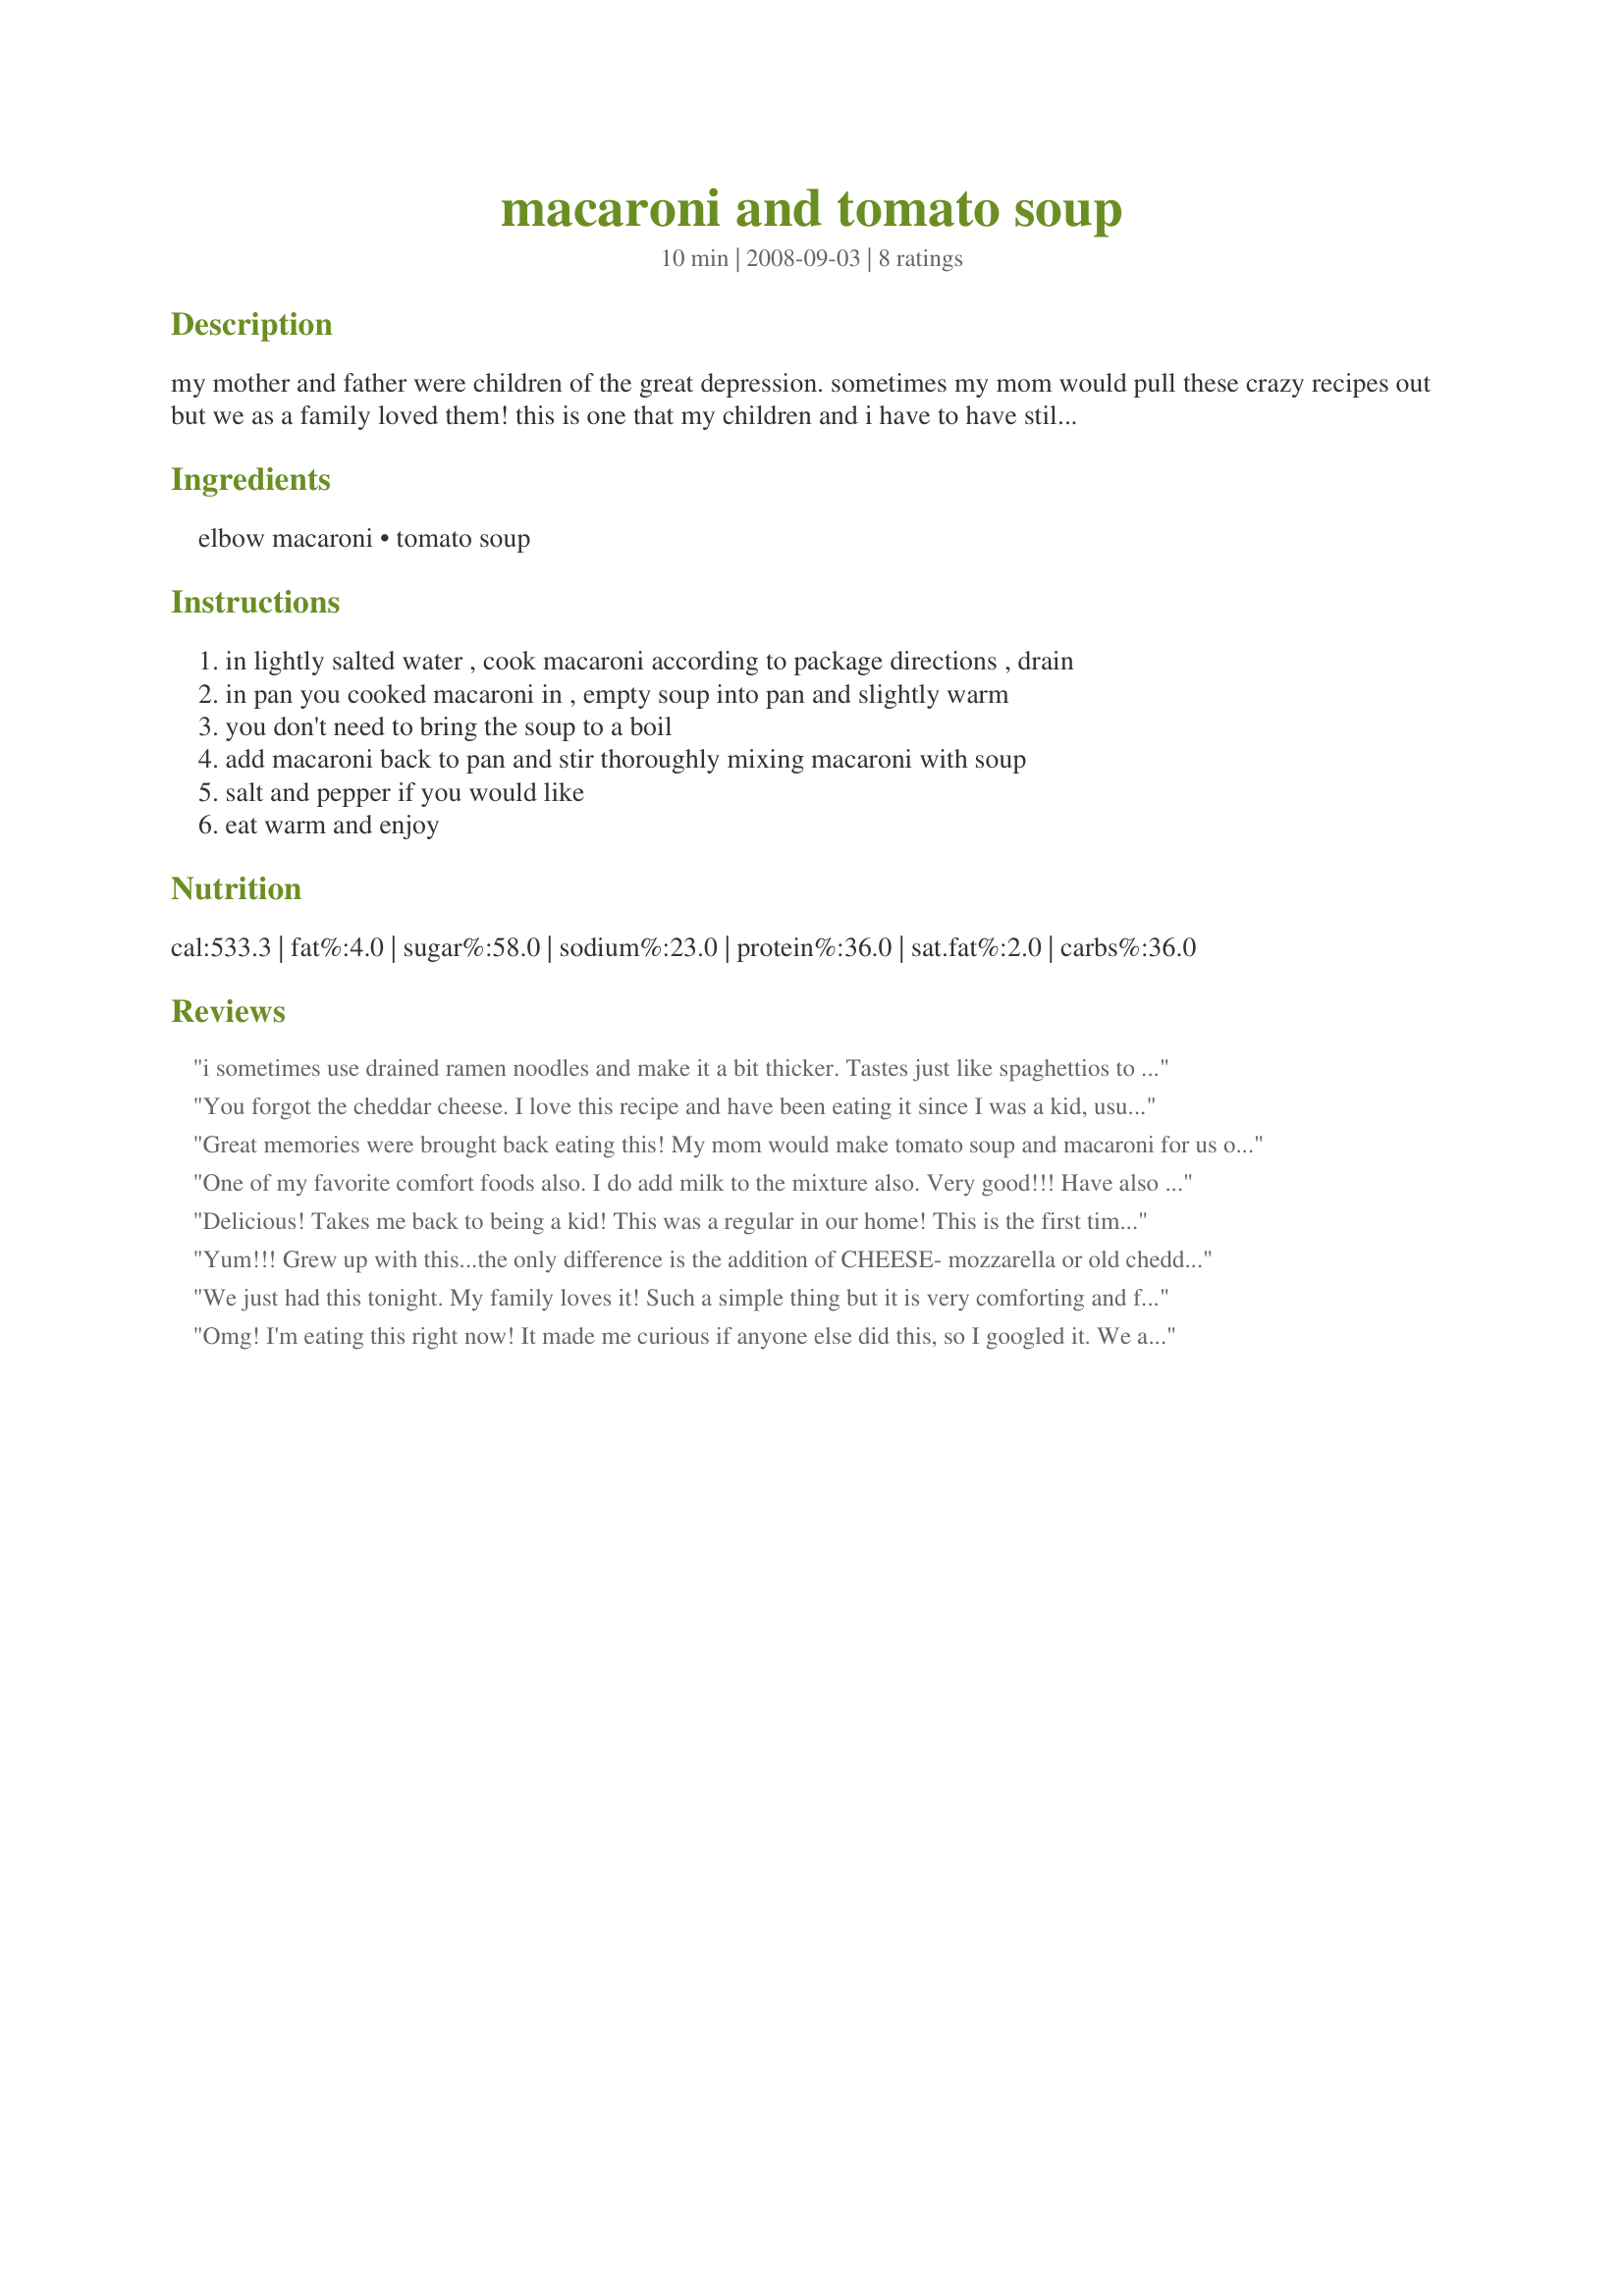
macaroni and tomato soup
Preparation time: 10 minutes

my mother and father were children of the great depression. sometimes my mom would pull these crazy recipes out but we as a family loved them! this is one that my children and i have to have still sometimes. eat it hot because it does not rewarm very well. imho, campbells soup works best in this, but feel free to use whatever tomato soup you would like. this sounds wierd but it is really good.

Ingredients:
elbow macaroni, tomato soup

Steps:
in lightly salted water , cook macaroni according to package directions , drain, in pan you cooked macaroni in , empty soup into pan and slightly warm, you don't need to bring the soup to a boil, add macaroni back to pan and stir thoroughly mixing macaroni with soup, salt and pepper if you would like, eat warm and enjoy

Reviews:
i sometimes use drained ramen noodles and make it a bit thicker. Tastes just like spaghettios to me!! YUM! or add a can of mixed veggies and garlic powder!
You forgot the cheddar cheese. I love this recipe and have been eating it since I was a kid, usually with spaghetti. Thanks for posting it.
Great memories were brought back eating this! My mom would make tomato soup and macaroni for us on Saturday afternoons and we always looked forward to it. I used about 12 ounces of elbow macaroni as that was all I had on hand. Perfect for a chilly day when not feeling well too! Made and reviewed for the Whats in Season Forum's Comfort Food recipe tag game.
One of my favorite comfort foods also. I do add milk to the mixture also. Very good!!! Have also had this with just milk,macaroni and butter. Also good!!
Delicious! Takes me back to being a kid! This was a regular in our home! This is the first time I have shared this meal with my own little family ?
Yum!!! Grew up with this...the only difference is the addition of CHEESE- mozzarella or old cheddar. I often dump the macaroni in a Pyrex dish and melt it in the microwave if I want it quick. Great meatless dish that makes a lot for next to nothing cost wise.
We just had this tonight. My family loves it! Such a simple thing but it is very comforting and filling.
Omg! I'm eating this right now! It made me curious if anyone else did this, so I googled it. We ate this growing up. My mom made it, and I suppose it was because my grandma lived through the depression, and was given it. I made it for my kids, and one of my daughters still makes it too!! It is my comfort food! Lots of salt and white bread is what I eat it with. Thanks for sharing, my family isn't the only ones who do this!!!
